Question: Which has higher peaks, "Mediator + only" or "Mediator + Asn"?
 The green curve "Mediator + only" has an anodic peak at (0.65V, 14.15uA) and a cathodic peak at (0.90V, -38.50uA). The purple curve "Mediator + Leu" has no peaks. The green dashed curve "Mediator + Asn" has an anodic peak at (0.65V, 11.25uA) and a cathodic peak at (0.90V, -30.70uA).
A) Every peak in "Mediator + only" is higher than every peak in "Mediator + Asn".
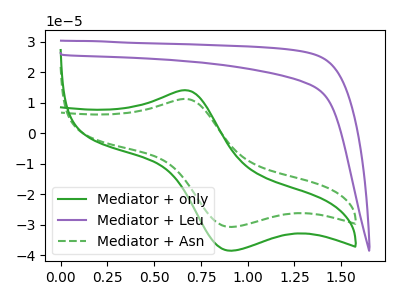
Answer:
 <answer>A) Every peak in "Mediator + only" is higher than every peak in "Mediator + Asn".</answer>
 <eval>A</eval>